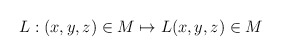
\begin{align*}L: (x,y,z)\in { M} \mapsto L(x,y,z)\in { M}\end{align*}